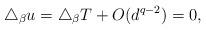
LaTeX: \begin{align*}\triangle_\beta u = \triangle_\beta T + O(d^{q-2})=0,\end{align*}